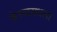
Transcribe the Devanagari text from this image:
केरळमधला